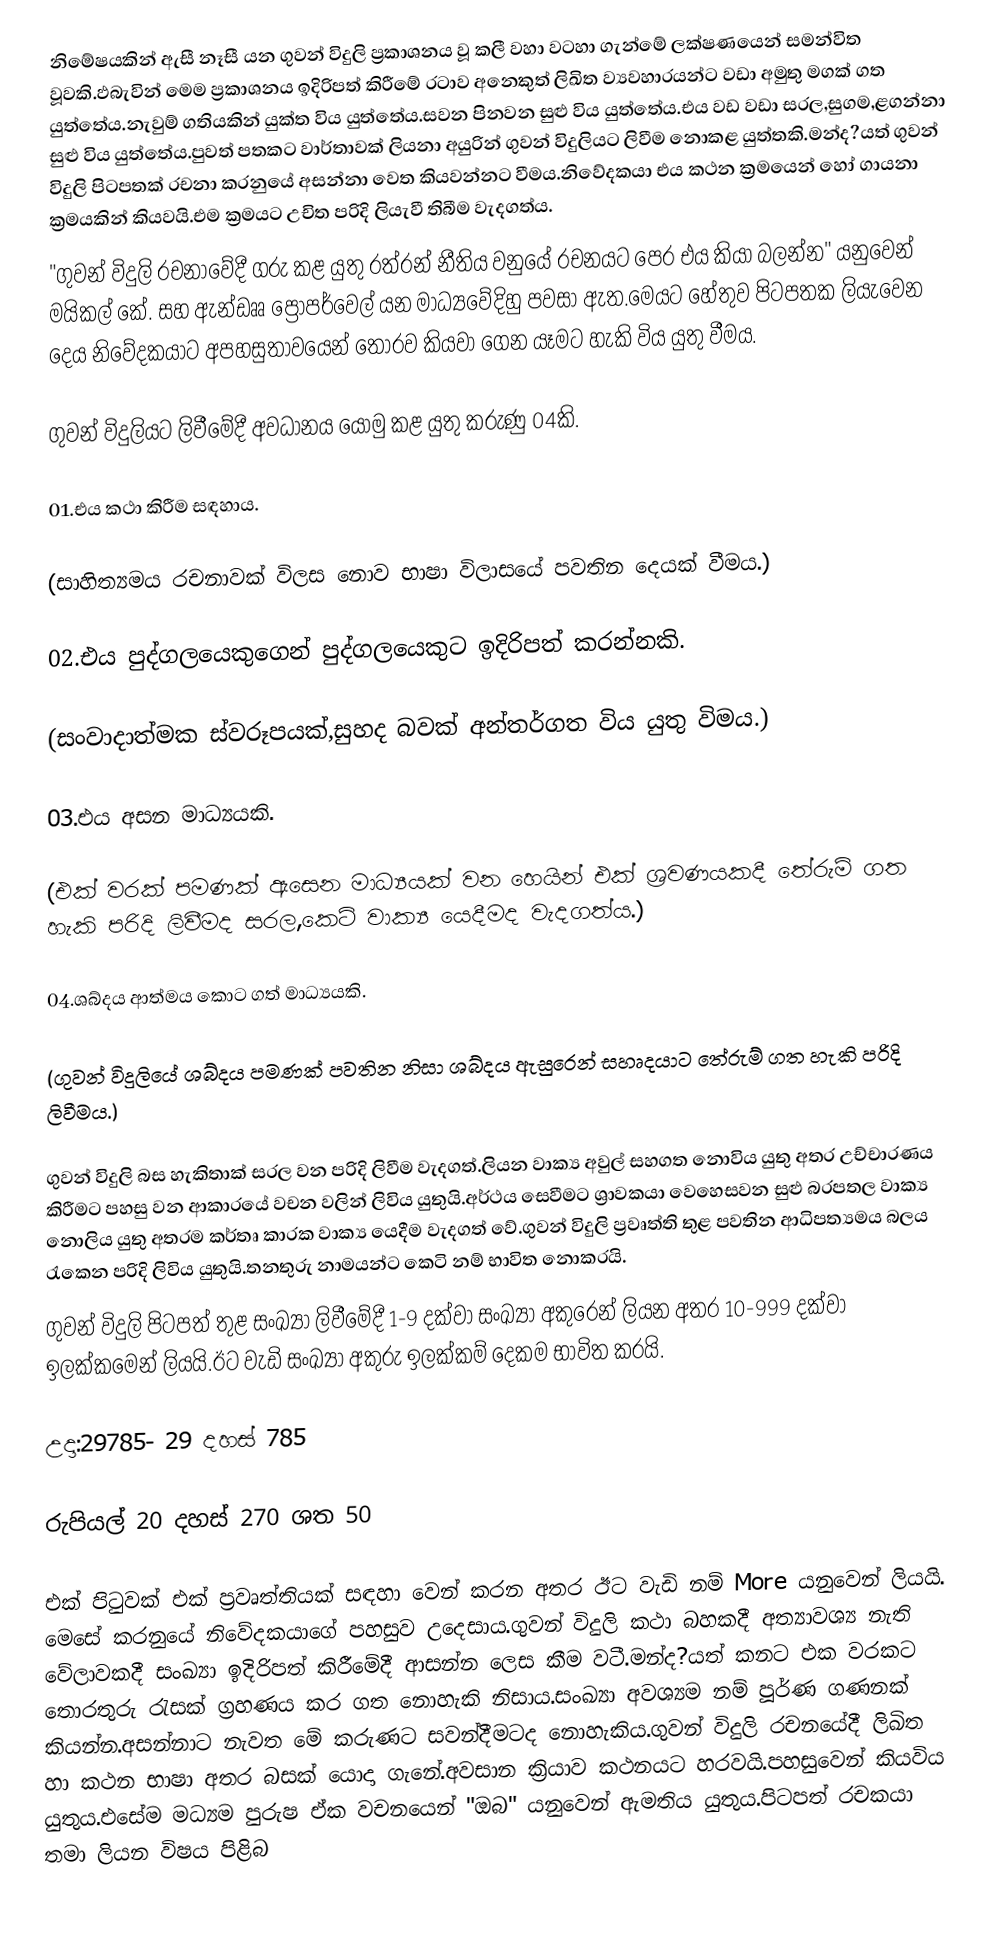
නිමේෂයකින් ඇසී නෑසී යන ගුවන් විදුලි ප්‍රකාශනය වූ කලී වහා වටහා ගැන්මේ ලක්ෂණයෙන් සමන්විත වූවකි.ඵබැවින් මෙම ප්‍රකාශනය ඉදිරිපත් කිරීමේ රටාව අනෙකුත් ලිඛිත ව්‍යවහාරයන්ට වඩා අමුතු මගක් ගත යුත්තේය.නැවුම් ගතියකින් යුක්ත විය යුත්තේය.සවන පිනවන සුළු විය යුත්‍‍තේය.එය වඩ වඩා සරල,සුගම,ළගන්නා සුළු විය යුත්‍‍තේය.පුවත් පතකට වාර්තාවක් ලියනා අයුරින් ගුවන් විදුලියට ලිවීම නොකළ යුත්තකි.මන්ද?යත් ගුවන් විදුලි පිටපතක් රචනා කරනුයේ අසන්නා වෙත කියවන්නට වීමය.නිවේදකයා එය කථන ක්‍රමයෙන් හෝ ගායනා ක්‍රමයකින් කියවයි.එම ක්‍රමයට උචිත පරිදි ලියැවී තිබීම වැදගත්ය.
"ගුවන් විදුලි රචනාවේදී ගරු කළ යුතු රත්රන් නීතිය වනුයේ රචනයට පෙර එය කියා බලන්න" යනුවෙන් මයිකල් කේ. සහ ඇන්ඩෲ ප්‍රොපර්වෙල් යන මාධ්‍යවේදිහු පවසා ඇත.මෙයට හේතුව පිටපතක ලියැවෙන දෙය නිවේදකයාට අපහසුතාවයෙන් තොරව කියවා ගෙන යෑමට හැකි විය යුතු වීමය.

ගුවන් විදුලියට ලිවීමේදී අවධානය යොමු කළ යුතු කරුණු 04කි.

	01.එය කථා කිරීම සඳහාය.

	(සාහිත්‍යමය රචනාවක් විලස නොව භාෂා විලාසයේ පවතින දෙයක් වීමය.)

	02.එය පුද්ගලයෙකුගෙන් පුද්ගලයෙකුට ඉදිරිපත් කරන්නකි.

	(සංවාදාත්මක ස්වරූපයක්,සුහද බවක් අන්තර්ගත විය යුතු විමය.)

	03.එය අසන මාධ්‍යයකි.

	(එක් වරක් පමණක් ඇසෙන මාධ්‍යයක් වන හෙයින් එක් ශ්‍රවණයකදී තේරුම් ගත හැකි පරිදි ලිවීමද සරල,කෙටි වාක්‍ය යෙදීමද වැදගත්ය.)

	04.ශබ්දය ආත්මය කොට ගත් මාධ්‍යයකි.

	(ගුවන් විදුලියේ ශබ්දය පමණක් පවතින නිසා ශබ්දය ඇසුරෙන් සහෘදයාට ‍තේරුම් ගත හැකි පරිදි ලිවීමය.)

ගුවන් විදුලි බස හැකිතාක් සරල වන පරිදි ලිවීම වැදගත්.ලියන වාක්‍ය අවුල් සහගත නොවිය යුතු අතර උච්චාරණය කිරීමට පහසු වන ආකාරයේ වචන වලින් ලිවිය යුතුයි.අර්ථය සෙවීමට ශ්‍රාවකයා වෙහෙසවන සුළු බරපතල වාක්‍ය නොලිය යුතු අතරම කර්තෘ කාරක වාක්‍ය යෙදීම වැදගත් වේ.ගුවන් විදුලි ප්‍රවෘත්ති තුළ පවතින ආධිපත්‍යමය බලය රැකෙන පරිදි ලිවිය යුතුයි.තනතුරු නාමයන්ට කෙටි නම් භාවිත නොකරයි.
ගුවන් විදුලි පිටපත් තුළ සංඛ්‍යා ලිවීමේදී 1-9 දක්වා සංඛ්‍යා අකුරෙන් ලියන අතර 10-999 දක්වා ඉලක්කමෙන් ලියයි.ඊට වැඩි සංඛ්‍යා අකුරු ඉලක්කම් දෙකම භාවිත කරයි.

උදා‍:29785- 29 දහස් 785

රුපියල් 20 දහස් 270 ශත 50

එක් පිටුවක් එක් ප්‍රවෘත්තියක් සඳහා වෙන් කරන අතර ඊට වැඩි නම් More යනුවෙන් ලියයි. මෙසේ කරනුයේ නිවේදකයාගේ පහසුව උදෙසාය.ගුවන් විදුලි කථා බහකදී අත්‍යාවශ්‍ය නැති වේලාවකදී සංඛ්‍යා ඉදිරිපත් කිරීමේදී ආසන්න ලෙස කීම වටී.මන්ද?යත් කනට එක වරකට තොරතුරු රැසක් ග්‍රහණය කර ගත නොහැකි නිසාය.සංඛ්‍යා අවශ්‍යම නම් පූර්ණ ගණනක් කියන්න.අසන්නාට නැවත මේ කරුණට සවන්දීමටද නොහැකිය.ගුවන් විදුලි රචනයේදී ලිඛිත හා කථන භාෂා අතර බසක් යොදා ගැ‍නේ.අවසාන ක්‍රියාව කථනයට හරවයි.පහසුවෙන් කියවිය යුතුය.එසේම මධ්‍යම පුරුෂ ඒක වචනයෙන් "ඔබ" යනුවෙන් ඇමතිය යුතුය.පිටපත් රචකයා තමා ලියන විෂය පිළිබ